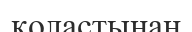
қоластынан